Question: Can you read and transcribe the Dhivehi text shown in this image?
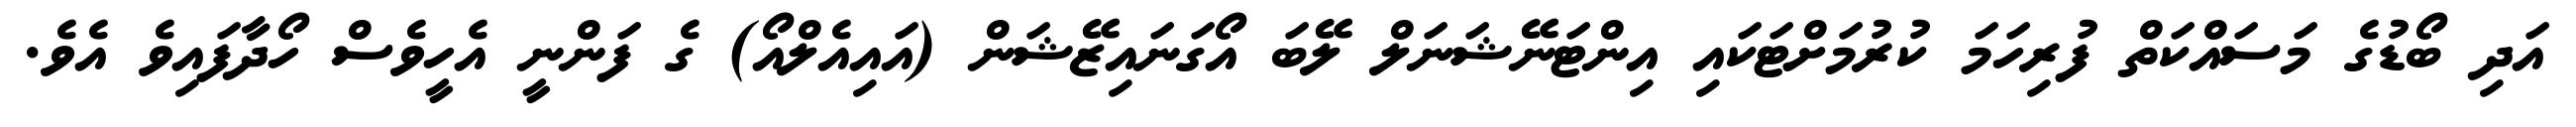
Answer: އަދި ބޯޑުގެ މަސައްކަތް ފުރިހަމަ ކުރުމަށްޓަކައި އިންޓަނޭޝަނަލް ލޭބަ އޯގަނައިޒޭޝަން (އައިއެލްއޯ) ގެ ފަންނީ އެހީވެސް ހޯދާފައިވެ އެވެ.